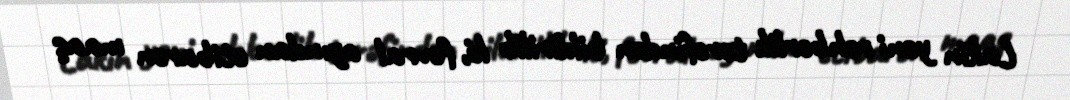
Lakin yeni rəhbərlik tərəfindən bildirilib ki, fevral ayından etibarən maaş